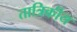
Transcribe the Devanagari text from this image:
तात्रिकीय